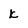
Character: k